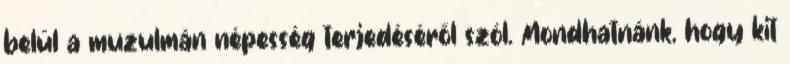
belül a muzulmán népesség terjedéséről szól. Mondhatnánk, hogy kit